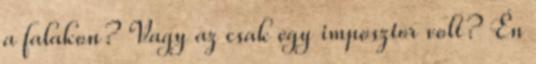
a falakon? Vagy az csak egy imposztor volt? Én